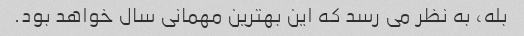
بله، به نظر می رسد که این بهترین مهمانی سال خواهد بود.